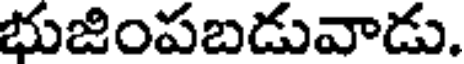
భుజింపబడువాడు.